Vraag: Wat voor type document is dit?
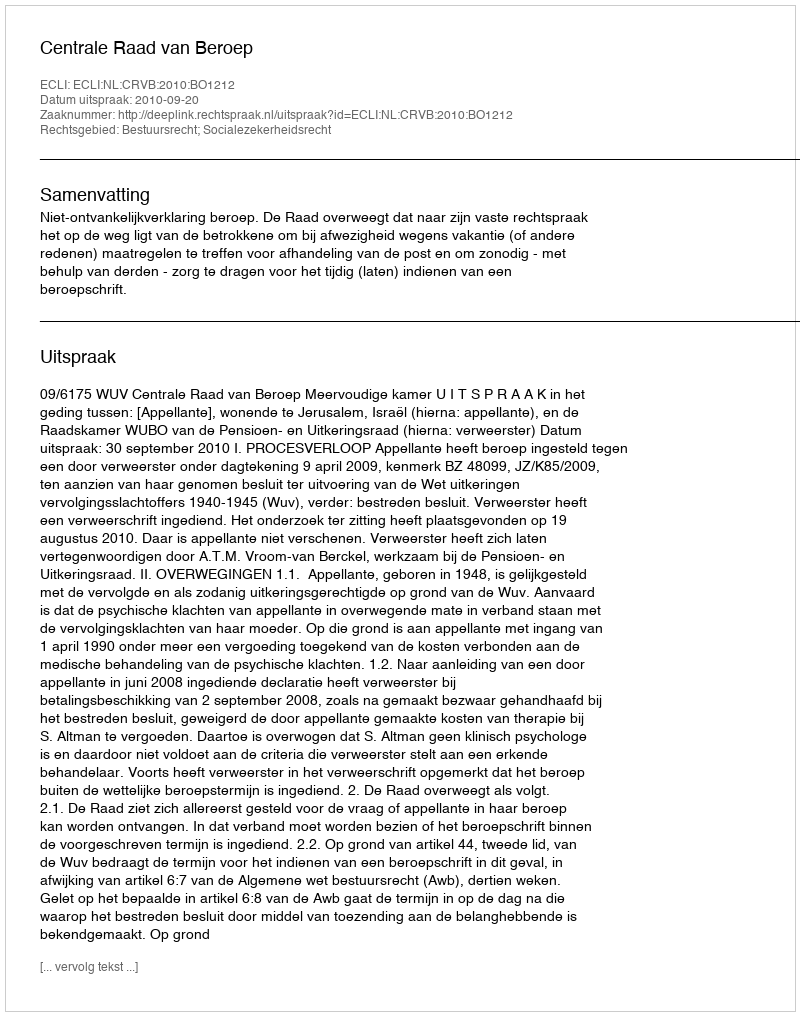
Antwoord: Uitspraak